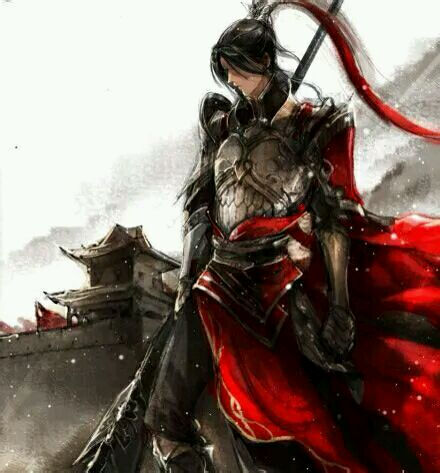
时危见臣节，世乱识忠良。